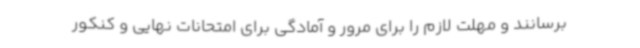
برسانند و مهلت لازم را برای مرور و آمادگی برای امتحانات نهایی و کنکور